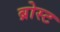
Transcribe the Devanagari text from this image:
ब्रोस्ट